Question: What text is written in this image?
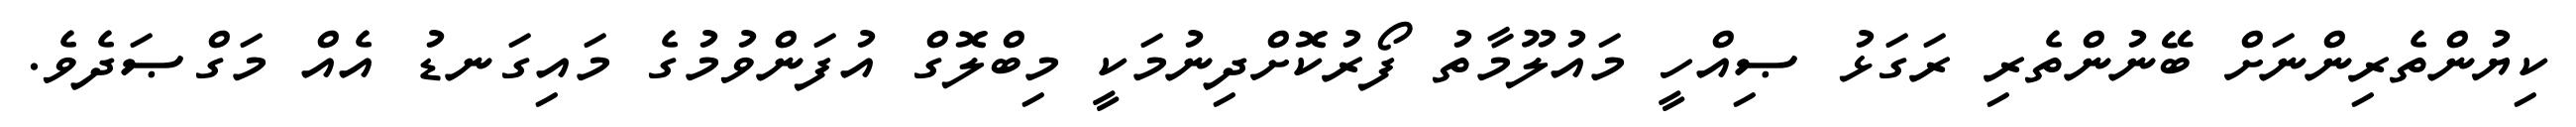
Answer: ކިޔުންތެރިންނަށް ބޭނުންތެރި ރަގަޅު ޞިއްހީ މައުލޫމާތު ފޯރުކޮށްދިނުމަކީ މިބްލޮގް އުފަންވުމުގެ މައިގަނޑު އެއް މަގްޞަދެވެ.